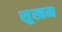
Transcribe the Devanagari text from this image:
सुखम